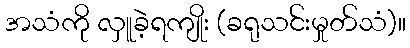
အသံကို လှူခဲ့ရကျိုး (ခရုသင်းမှုတ်သံ)။